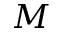
M